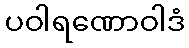
ပဝါရဏောဝါဒံ